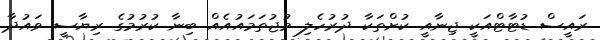
ރައީސް ޑުޓާޓްއަކީ ޖިނާއީ ކުށްތަކާ ދުރުހެލި މުޖުތަމައުއެއް ބިނާ ކުރުމުގެ ރިޔާސީ ވައުދާ